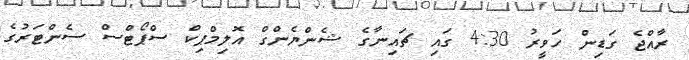
ރާއްޖެ ގަޑިން ހަވީރު 4:30 ގައި ޗައިނާގެ ޝެންޔެންގް އޮލިމްޕިކް ސްޕޯޓްސް ސެންޓަރުގެ